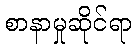
စာနာမှုဆိုင်ရာ